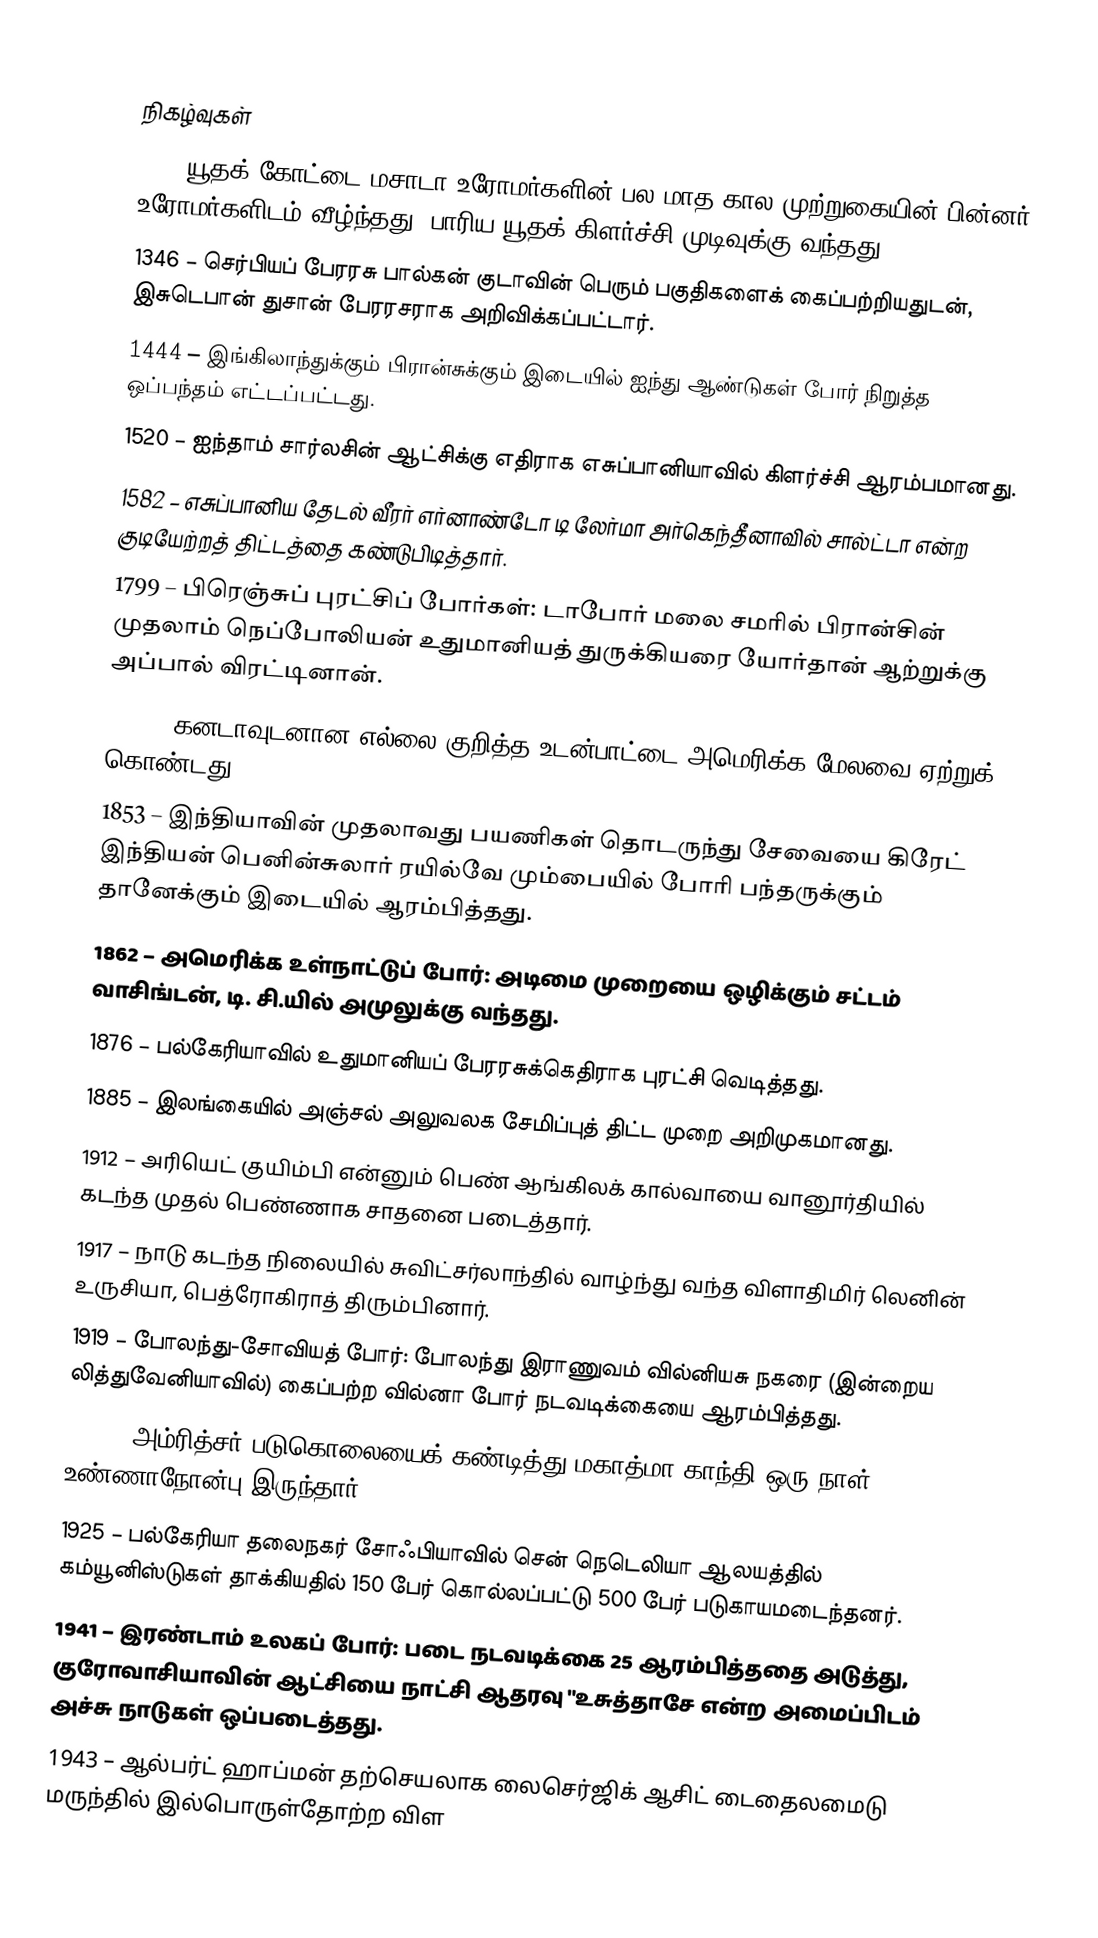

நிகழ்வுகள்
73 – யூதக் கோட்டை மசாடா உரோமர்களின் பல மாத கால முற்றுகையின் பின்னர் உரோமர்களிடம் வீழ்ந்தது. பாரிய யூதக் கிளர்ச்சி முடிவுக்கு வந்தது.
1346 – செர்பியப் பேரரசு பால்கன் குடாவின் பெரும் பகுதிகளைக் கைப்பற்றியதுடன், இசுடெபான் துசான் பேரரசராக அறிவிக்கப்பட்டார்.
1444 – இங்கிலாந்துக்கும் பிரான்சுக்கும் இடையில் ஐந்து ஆண்டுகள் போர் நிறுத்த ஒப்பந்தம் எட்டப்பட்டது.
1520 – ஐந்தாம் சார்லசின் ஆட்சிக்கு எதிராக எசுப்பானியாவில் கிளர்ச்சி ஆரம்பமானது.
1582 – எசுப்பானிய தேடல் வீரர் எர்னாண்டோ டி லேர்மா அர்கெந்தீனாவில் சால்ட்டா என்ற குடியேற்றத் திட்டத்தை கண்டுபிடித்தார்.
1799 – பிரெஞ்சுப் புரட்சிப் போர்கள்: டாபோர் மலை சமரில் பிரான்சின் முதலாம் நெப்போலியன் உதுமானியத் துருக்கியரை யோர்தான் ஆற்றுக்கு அப்பால் விரட்டினான்.
1818 – கனடாவுடனான எல்லை குறித்த உடன்பாட்டை அமெரிக்க மேலவை ஏற்றுக் கொண்டது.
1853 – இந்தியாவின் முதலாவது பயணிகள் தொடருந்து சேவையை கிரேட் இந்தியன் பெனின்சுலார் ரயில்வே மும்பையில் போரி பந்தருக்கும் தானேக்கும் இடையில் ஆரம்பித்தது.
1862 – அமெரிக்க உள்நாட்டுப் போர்: அடிமை முறையை ஒழிக்கும் சட்டம் வாசிங்டன், டி. சி.யில் அமுலுக்கு வந்தது.
1876 – பல்கேரியாவில் உதுமானியப் பேரரசுக்கெதிராக புரட்சி வெடித்தது.
1885 – இலங்கையில் அஞ்சல் அலுவலக சேமிப்புத் திட்ட முறை அறிமுகமானது.
1912 – அரியெட் குயிம்பி என்னும் பெண் ஆங்கிலக் கால்வாயை வானூர்தியில் கடந்த முதல் பெண்ணாக சாதனை படைத்தார்.
1917 – நாடு கடந்த நிலையில் சுவிட்சர்லாந்தில் வாழ்ந்து வந்த விளாதிமிர் லெனின் உருசியா, பெத்ரோகிராத் திரும்பினார்.
1919 – போலந்து-சோவியத் போர்: போலந்து இராணுவம் வில்னியசு நகரை (இன்றைய லித்துவேனியாவில்) கைப்பற்ற வில்னா போர் நடவடிக்கையை ஆரம்பித்தது.
1919 – அம்ரித்சர் படுகொலையைக் கண்டித்து மகாத்மா காந்தி ஒரு நாள் உண்ணாநோன்பு இருந்தார்.
1925 – பல்கேரியா தலைநகர் சோஃபியாவில் சென் நெடெலியா ஆலயத்தில் கம்யூனிஸ்டுகள் தாக்கியதில் 150 பேர் கொல்லப்பட்டு 500 பேர் படுகாயமடைந்தனர்.
1941 – இரண்டாம் உலகப் போர்: படை நடவடிக்கை 25 ஆரம்பித்ததை அடுத்து, குரோவாசியாவின் ஆட்சியை நாட்சி ஆதரவு "உசுத்தாசே என்ற அமைப்பிடம் அச்சு நாடுகள் ஒப்படைத்தது.
1943 – ஆல்பர்ட் ஹாப்மன் தற்செயலாக லைசெர்ஜிக் ஆசிட் டைதைலமைடு மருந்தில் இல்பொருள்தோற்ற விள